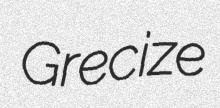
Grecize